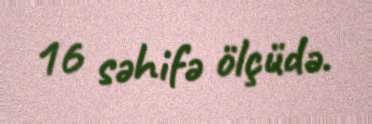
16 səhifə ölçüdə.